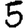
Digit: 5